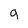
Character: g